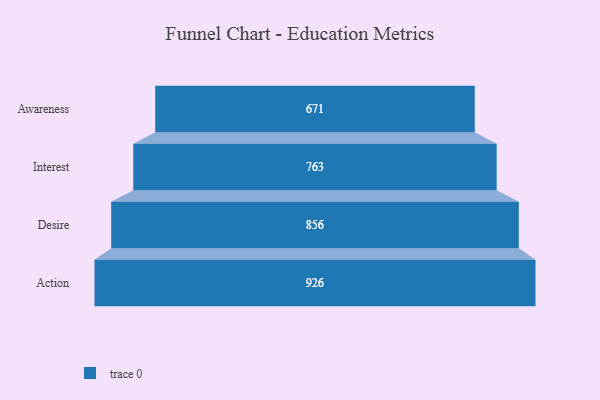
{"axis": {"x": "Stage", "y": "Value"}, "legend": [""], "data": [{"x": "Awareness", "y": 671.0, "type": ""}, {"x": "Interest", "y": 763.0, "type": ""}, {"x": "Desire", "y": 856.0, "type": ""}, {"x": "Action", "y": 926.0, "type": ""}]}